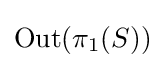
\operatorname {Out} (\pi _{1}(S))